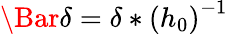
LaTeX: \Bar{\delta}=\delta*\left(h_{0}\right)^{-1}